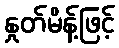
နှုတ်မိန့်ဖြင့်